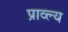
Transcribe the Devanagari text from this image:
प्राव्ल्य